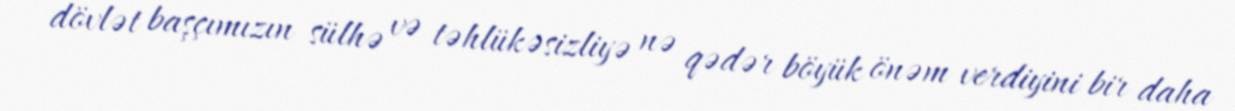
dövlət başçımızın sülhə və təhlükəsizliyə nə qədər böyük önəm verdiyini bir daha